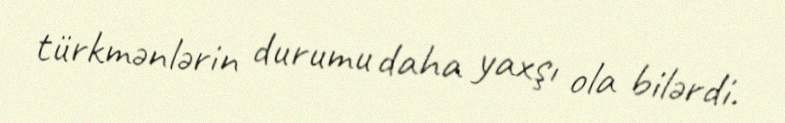
türkmənlərin durumu daha yaxşı ola bilərdi.